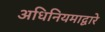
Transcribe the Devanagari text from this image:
अधिनियमाद्वारे